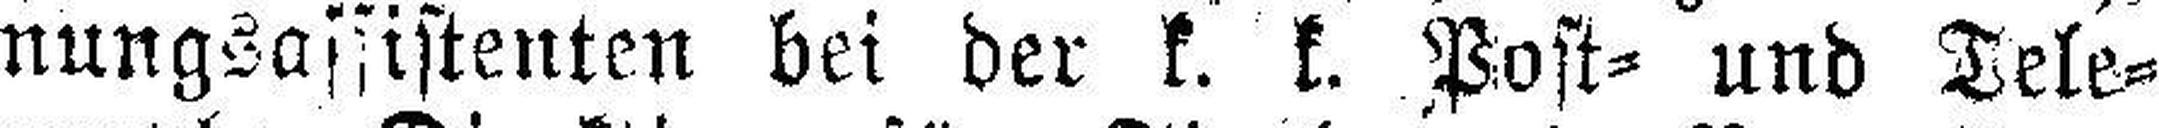
nungsassistenten bei der k. k. Post= und Tele¬